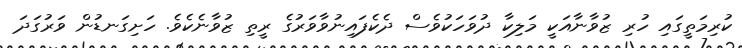
ކުރިމަތީގައި ހުރި ޒުވާނާއަކީ މަލިކާ ދުވަހަކުވެސް ދެކެފައިނުވާވަރުގެ ރީތި ޒުވާނެކެވެ. ހަށިގަނޑުން ވަރުގަދަ